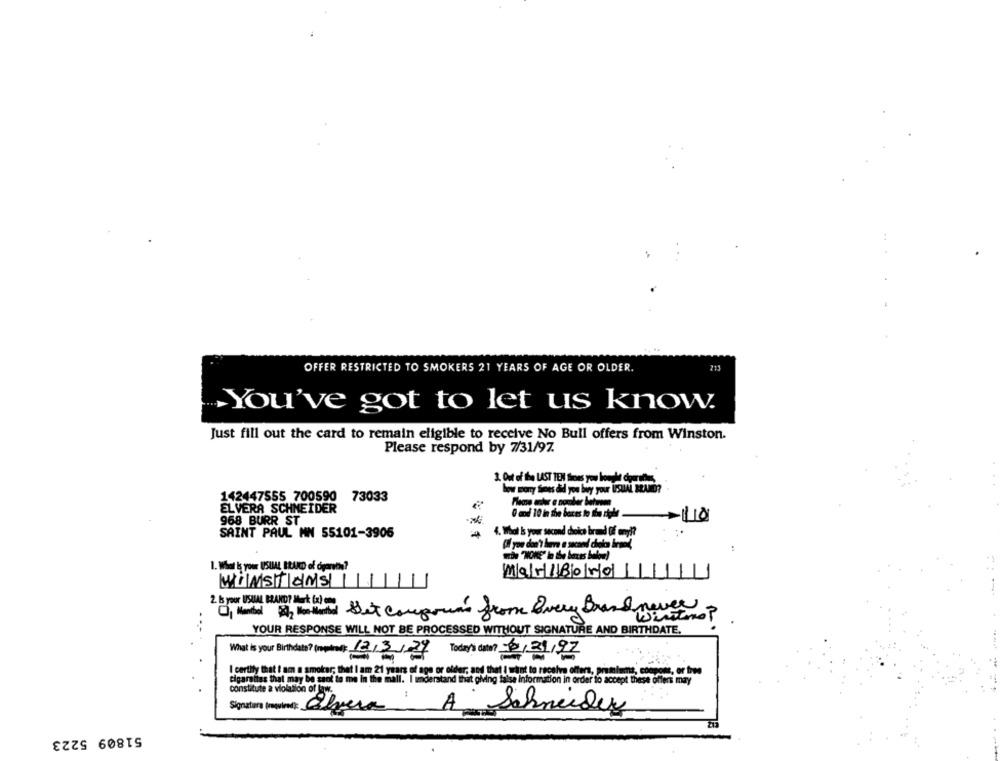
OFFER RESTRICTED TO SMOKERS 21 YEARS OF AGE OR OLDER.
You've got to let us know.
Just fill out the card to remain eligible to receive No Bull offers from Winston.
Please respond by 7/31/97.
how mony times did you buy your USUAL BRAND?
142447555 700590 73033
ELVERA SCHNEIDER
968 BURR ST
4. What Is your second choice brand (if any !?
SAINT PAUL MN 55101-3905
(Il you don't have a sucand diek irmed,
1. What is your USUAL BRAND of ópants?
Mar18050
WINSTONS
2. & your USUAL BRAND? Mert Go) com
Of Mantel Why Nothand Set corpora's from Every Brand never
Wiritmo ?
...-
YOUR RESPONSE WILL NOT BE PROCESSED WITHOUT SIGNATURE AND BIRTHDATE.
What is your Birthdate? (repaired): 12/3/27
Today's date? 3/31/97
I certify that i am a smoker; that I am 21 years of age or older, and that I want to receive offers, premiums, coop
, or to
I tiderstand that giving false information in order to accept these offers may
constitute a violation of law.
A
Signature (mpuled): Elvera
Schneider
51809 5223